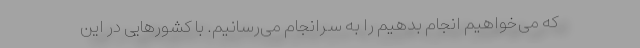
که می‌خواهیم انجام بدهیم را به سرانجام می‌رسانیم. با کشورهایی در این